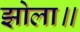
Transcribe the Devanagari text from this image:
झोला॥